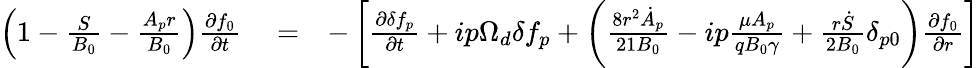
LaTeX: \begin{array}{rlr}{\left(1-\frac{S}{B_{0}}-\frac{A_{p}r}{B_{0}}\right)\frac{\partial f_{0}}{\partial t}}&{{}=}&{-\left[\frac{\partial\delta f_{p}}{\partial t}+ip\Omega_{d}\delta f_{p}+\left(\frac{8r^{2}\dot{A}_{p}}{21B_{0}}-ip\frac{\mu A_{p}}{qB_{0}\gamma}+\frac{r\dot{S}}{2B_{0}}\delta_{p0}\right)\frac{\partial f_{0}}{\partial r}\right]}\end{array}